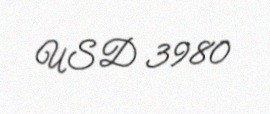
USD 3980